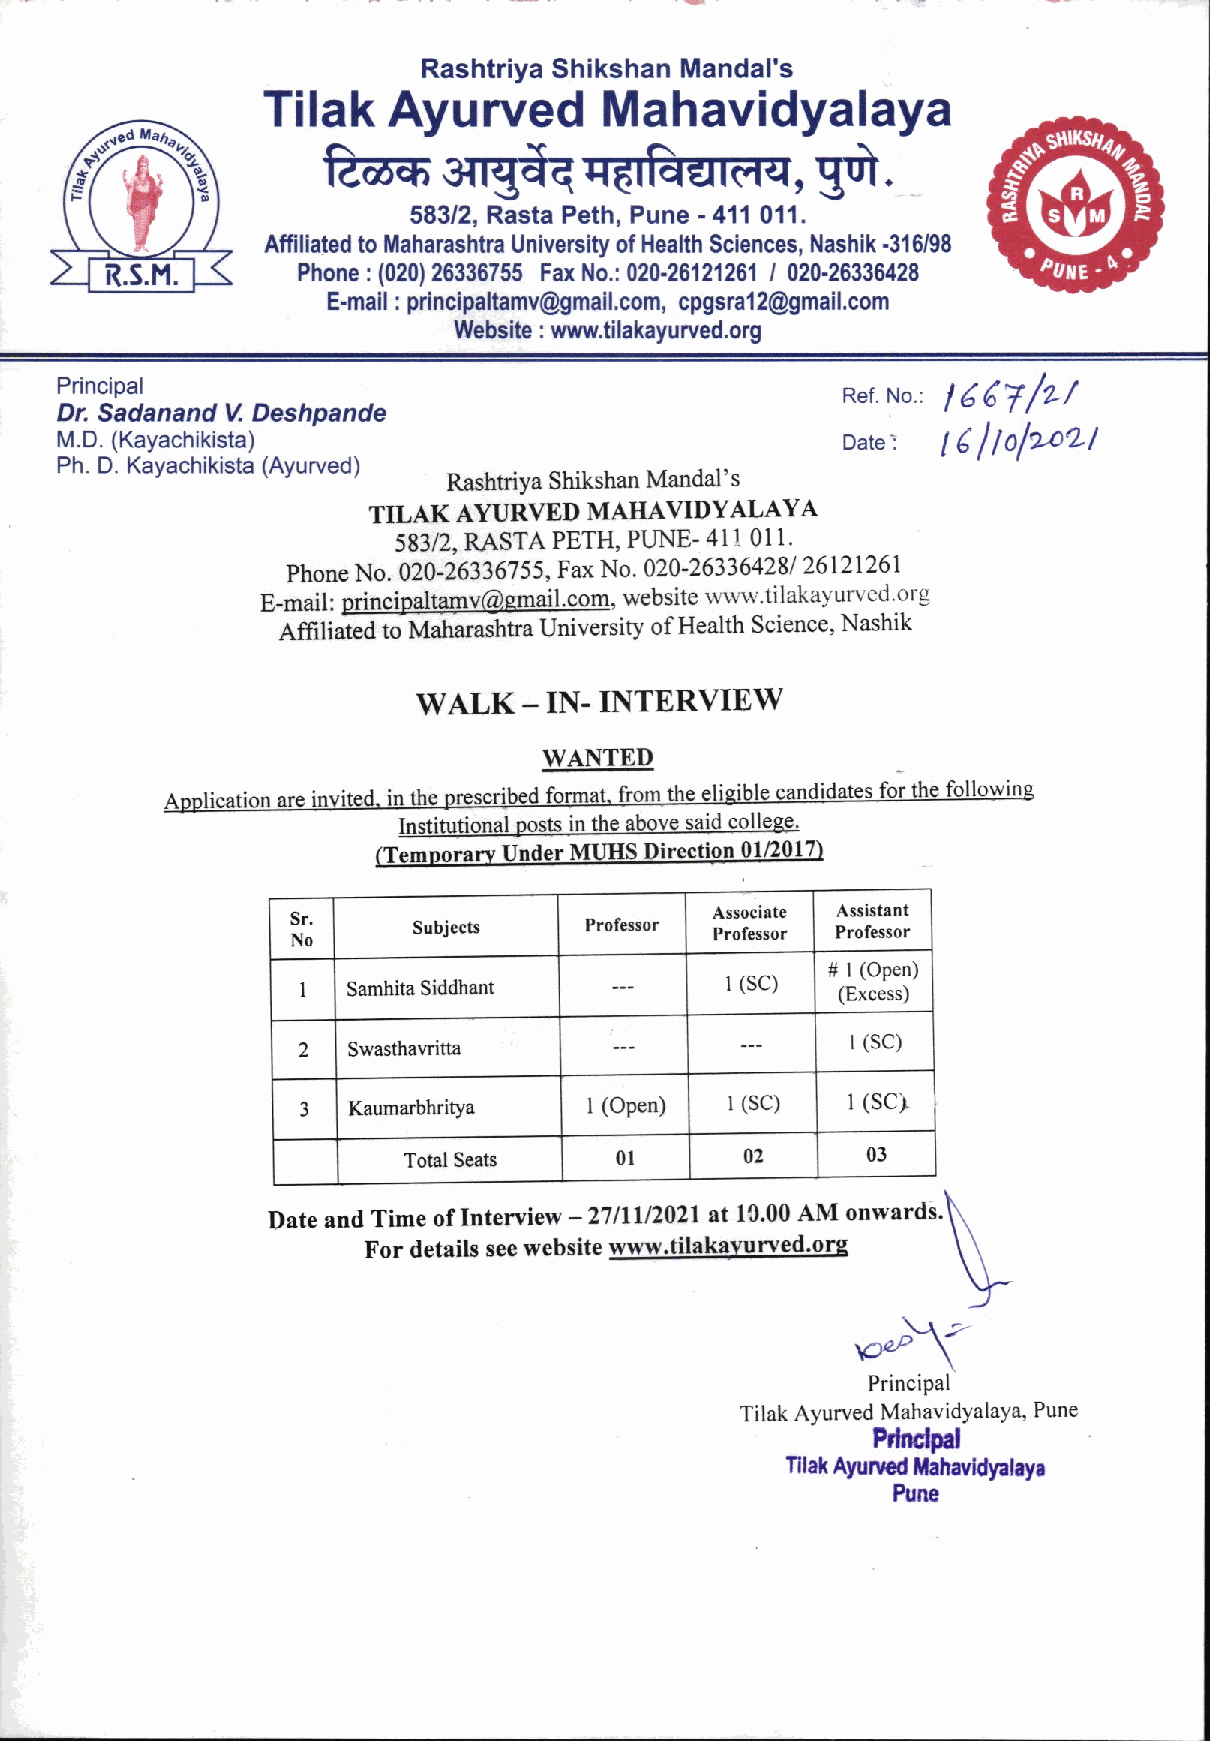
Rashtriya Shikshan Mandal's
 Tilak    Ayurved       Mahavidyalaya
 E6ssilgdqrcrfuuoa,5fr.
 583/2, Rasta Peth, Pune - 41'l 01'1.
 R.S.M.
 Affil Pia hte od
 n
 et :o (M 02a 0h )a 2ra 6s 3h 3h 6a
 7
 5U 5n i Fv ae xr s Nit oy .:o 0f 2H 0e -2a 6lt 'h
 1
 2S 1c 2i 6e 1n c Ie s 0,
 2
 0N -a 2s 6h 3i 3k
 6
 - 43 21 86/98 aputE
 -
 L
 E-mail : principaltamv@gmail.com, cpgsral2@gmail.com
 Website : www.tilakayurved.org
 Principal                                           Rer. No.: | 6 6f /z/
 Dr. Sadanand V. Deshpande
 Dare:
 M.D. (Kayachikista)                                       l6 ltolzaZt
 Ph. D. Kayachikista (Ayurved)
 Rashtriya Shikshan Mandal's
 TILAK AYURVED  MAHAVIDYALAYA
 583/2, RASTA PETH, PI]NE- 411 OI1.
 Phone No. 020-26336755, Fax No. 020-263364281 26121261
 E-mail: princip?ltalnv@gmail.com, website wr'vu"LiIaka-vurled org
 ainnuEa to-t tut a.ashtra University of Health Science, Nashik
 WALK_IN.INTERVIEW
 WANTED
 Application are invited. in the prescribed format. from. the eliqible candidates for the followinq
 Institujional posts in the above said collesg'
 (Temnorarv Under MUHS Direction 01/2017)
 Associate Assistant
 S Nr o. Subjects    Professor Professor Professor
 # I (Open)
 l (sc)
 I  Samhita Siddhant                 (Excess)
 1(SC)
 2  SwasthaYritta
 3  Kaumarbhritya   I (Open) 1 (sc)  I (SCl
 Total Seats   01      02      03
 Date and Time of Intervi ew - 27lllt202l at lC'00 AM onwards'
 For details see website wrvw.tilakavurved'org
 \olY
 Principal
 Tilak Ayurved MahavidYalaYa, Pune
 Prlnclpal
 Tilak Ayurued Mahavidyalaya
 Pune